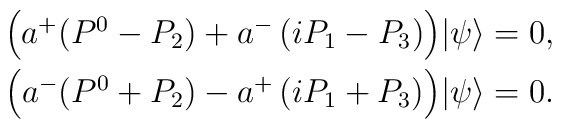
\begin{array}{c} \Bigl(a^{+}(P^{0}-P_{2})+a^{-}\left( iP_{1}-P_{3} \right)\Bigr) |\psi\rangle = 0, \\[-2mm]\\[-2mm] \Bigl(a^{-}(P^{0}+P_{2})-a^{+}\left( iP_{1}+P_{3} \right) \Bigr) |\psi\rangle = 0.\end{array}